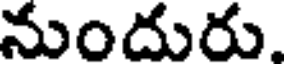
నుందురు.